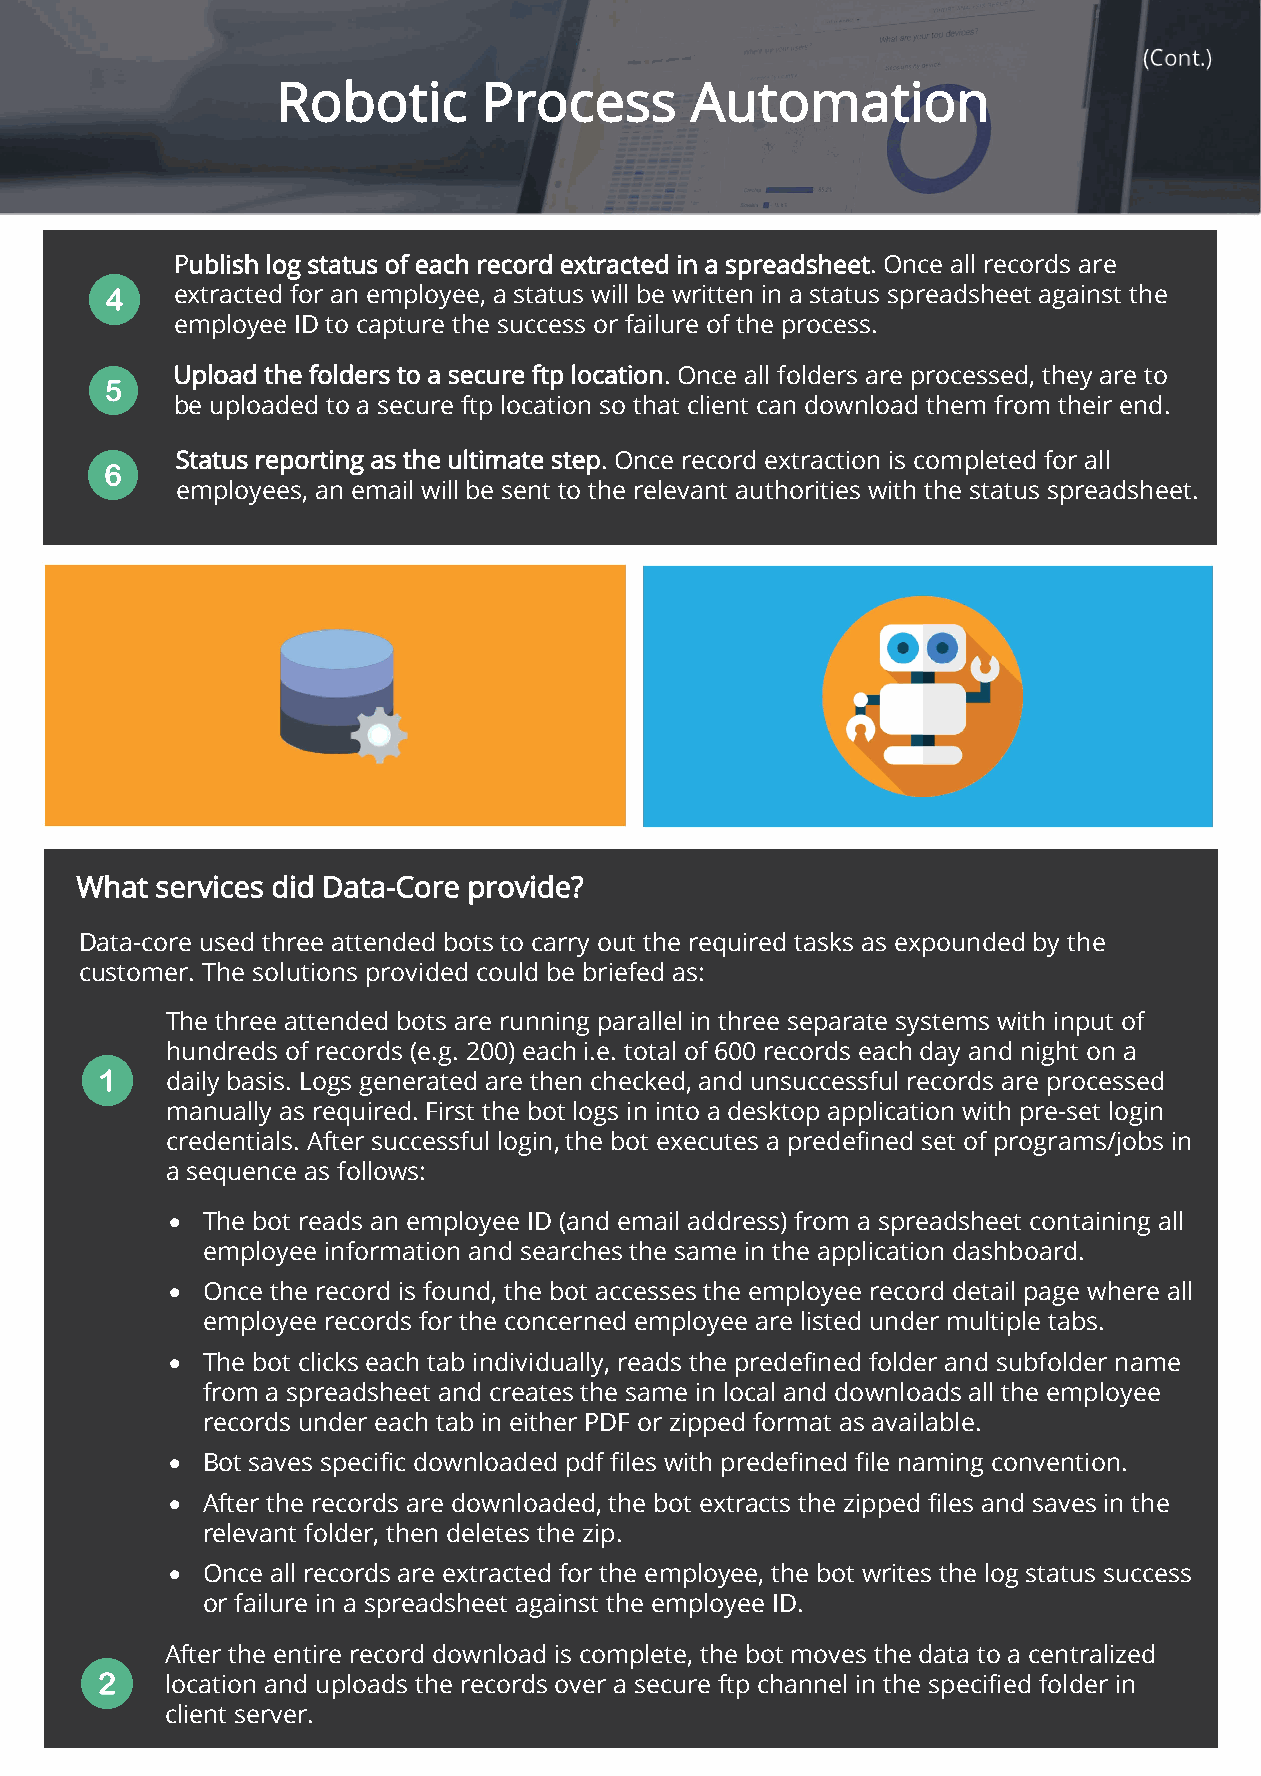
Robotic       Process       Automation
 Publish log status of each record extracted in a spreadsheet. Once all records are
 extracted for an employee, a status will be written in a status spreadsheet against the
 employee ID to capture the success or failure of the process.
 Upload the folders to a secure ftp location. Once all folders are processed, they are to
 be uploaded to a secure ftp location so that client can download them from their end.
 Status reporting as the ultimate step. Once record extraction is completed for all
 employees, an email will be sent to the relevant authorities with the status spreadsheet.
 What services did Data-Core provide?
 Data-core used three attended bots to carry out the required tasks as expounded by the
 customer. The solutions provided could be briefed as:
 The three attended bots are running parallel in three separate systems with input of
 hundreds of records (e.g. 200) each i.e. total of 600 records each day and night on a
 daily basis. Logs generated are then checked, and unsuccessful records are processed
 manually as required. First the bot logs in into a desktop application with pre-set login
 credentials. After successful login, the bot executes a predefined set of programs/jobs in
 a sequence as follows:
 • The bot reads an employee ID (and email address) from a spreadsheet containing all
 employee information and searches the same in the application dashboard.
 • Once the record is found, the bot accesses the employee record detail page where all
 employee records for the concerned employee are listed under multiple tabs.
 • The bot clicks each tab individually, reads the predefined folder and subfolder name
 from a spreadsheet and creates the same in local and downloads all the employee
 records under each tab in either PDF or zipped format as available.
 • Bot saves specific downloaded pdf files with predefined file naming convention.
 • After the records are downloaded, the bot extracts the zipped files and saves in the
 relevant folder, then deletes the zip.
 • Once all records are extracted for the employee, the bot writes the log status success
 or failure in a spreadsheet against the employee ID.
 After the entire record download is complete, the bot moves the data to a centralized
 location and uploads the records over a secure ftp channel in the specified folder in
 client server.